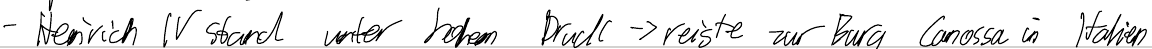
- Heinrich IV stand unter hohem Druck -> reiste zur Burg Canossa in Italien